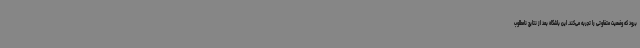
برود که وضعیت متفاوتی را تجربه می‌کند. این باشگاه بعد از نتایج نامطلوب